Statistical return of the lunatic asylum in Assam - 1912-1932
Year: 1912
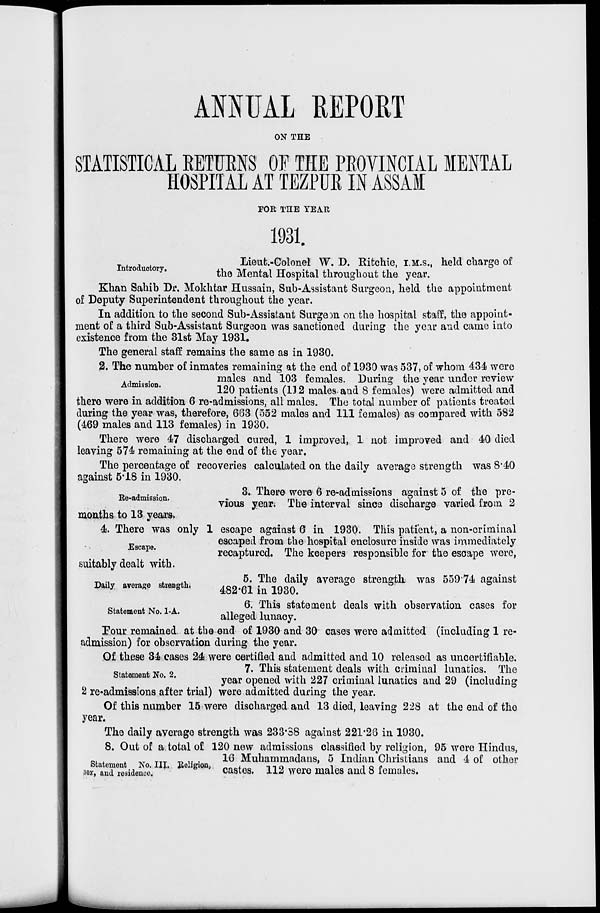
ANNUAL EEPORT
ON THE
STATISTICAL KETFMS OF THE PEOVINCIAL
HOSPITAL AT TEZPUK IN ASSAM
FOR THE YEAH
1931.
introductor
Lieut.-Colonel W. D. Ritchie, I.M.S., held charge of
ory.
^Q Mental Hospital throughout the year.
Khan Sahib Dr. Mokhtar Hussain, Sub-Assistant Surgeon, held the appointment
of Deputy Superintendent throughout the year.
In addition to the second Sub-Assistant SurgeDn on the hospital staff, the appoint-
ment of a third Sub-Assistant Surgeon was sanctioned during the year and came into
existence from the 31st May 1931,
The general staff remains the same as in 1930.
2. The number of inmates remaining at the end of 1930 was 537, of whom 434 were
.
males and 103 females. During the year under review
Admission.
120 patients pj <2 ma les. and 8 females) were admitted and
there were in addition 6 re-admissions, all males. The total number of patients treated
during the year was, therefore, 663 (552 males and 111 females) as compared with 582
(469 males and 113 females) in 1930.
There were 47 discharged cured, 1 improved, 1 not improved and 40 died
leaving 574 remaining at the end of the year.
The percentage of recoveries calculated on the daily average strength was 8'40
against 5*18 in 1930.
3. There were 6 re-admissions against 5 of the pre-
vious year. The interval since discharge varied from 2
Ke-admission.
months to 13 years.
4. There was only 1 escape against 6 in 1930. This patient, a non-criminal
escaped from the hospital enclosure inside was immediately
recaptured. The keepers responsible for the escape were,
Escape.
•suitably dealt with.
Daily average strength.
Statement No. 1-A.
5. The daily average strength was 559*74 against
482-61 in 1930.
6. This statement deals with observation cases for
alleged lunacy.
Tour remained at the end of 1930 and 30 cases were admitted (including 1 re-
admission) for observation during the year.
Of these 34 cases 24 were certified and admitted and 10 released as uncertifiable.
7. This statement deals with criminal lunatics. The
emen
'
year opened with 227 criminal lunatics and 29 (including
2 re-admissions after trial) were admitted during the year.
Of this number 15 were discharged and 13 died, leaving 228 at the end of the
year.
The daily average strength was 233*38 against 221*28 in 1930.
8. Out of a total of 120 new admissions classified by religion, 95 were Hindus,
_.
__ TTT _ .. .
16 Muhammadans, 5 Indian Christians and 4 of other
wx, Kitai^
W
castes. 112 were males and 8 females.